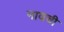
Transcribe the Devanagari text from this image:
नावची